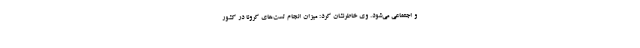
و اجتماعی می‌شود. وی خاطرنشان کرد: میزان انجام تست‌های کرونا در کشور